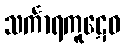
သင်္ကာရကူဋေဝ